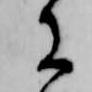
に